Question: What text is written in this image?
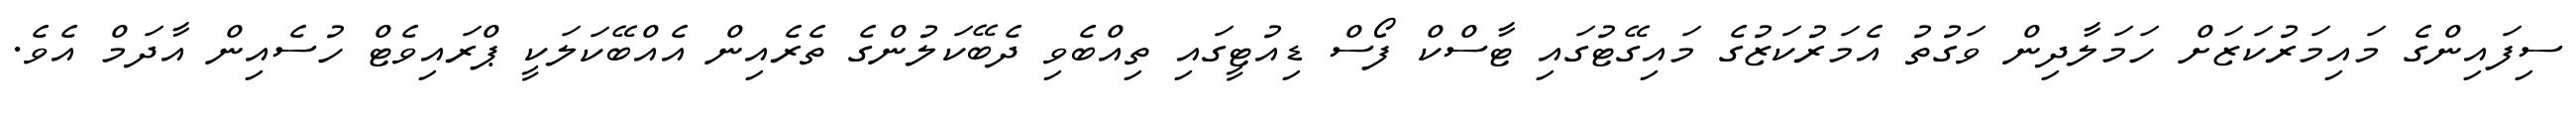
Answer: ސިފައިންގެ މައިމަރުކަޒަށް ހަމަލާދިން ވަގުތު އެމަރުކަޒުގެ މައިގޭޓުގައި ޓާސްކް ފޯސް ޑިއުޓީގައި ތިއްބެވި ދެބޭކަލުންގެ ތެރެއިން އެއްބޭކަލަކީ ޕްރައިވެޓް ހުސެއިން އާދަމް އެވެ.